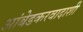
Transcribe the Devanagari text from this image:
आंबेडकरवादाशी